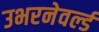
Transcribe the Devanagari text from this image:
उभरनेवर्ल्ड